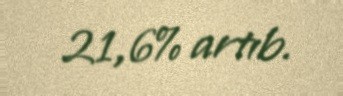
21,6% artıb.